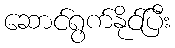
ဆောင်ရွက်နိုင်ပြီး